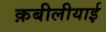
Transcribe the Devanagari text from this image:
क़बीलीयाई